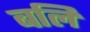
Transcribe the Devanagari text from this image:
बलिं